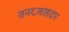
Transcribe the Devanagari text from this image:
तनख़्वाहदार